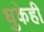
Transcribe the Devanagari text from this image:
धुकेही